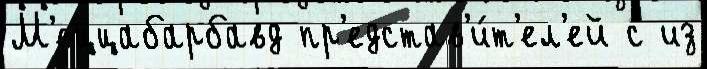
М'еццабарбавд пр'едстав'и́т'ел'ей с из